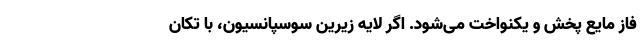
فاز مایع پخش و یکنواخت می‌شود. اگر لایه زیرین سوسپانسیون، با تکان